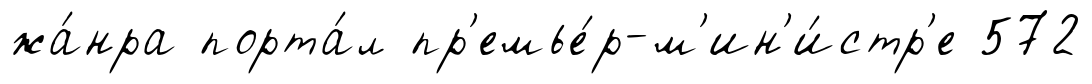
жа́нра порта́л пр'емье́р-м'ин'и́стр'е 572